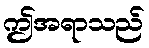
ဤအရာသည်